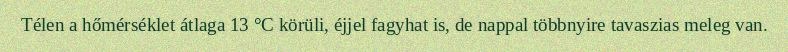
Télen a hőmérséklet átlaga 13 °C körüli, éjjel fagyhat is, de nappal többnyire tavaszias meleg van.